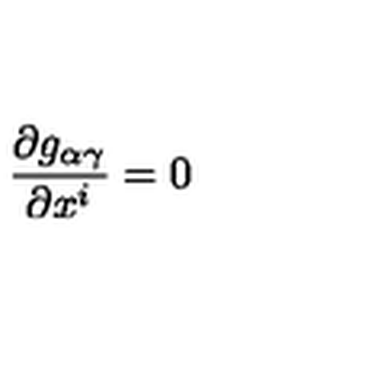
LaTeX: \frac { \partial g _ { \alpha \gamma } } { \partial x ^ { i } } = 0